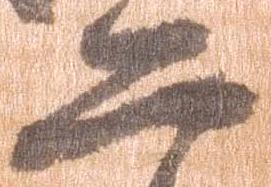
二